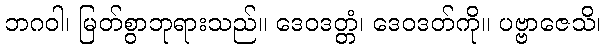
ဘဂဝါ၊ မြတ်စွာဘုရားသည်။ ဒေဝဒတ္တံ၊ ဒေဝဒတ်ကို။ ပဗ္ဗာဇေသိ၊